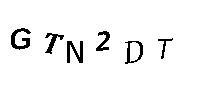
GTN2DT